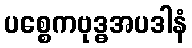
ပစ္စေကဗုဒ္ဓအပဒါနံ